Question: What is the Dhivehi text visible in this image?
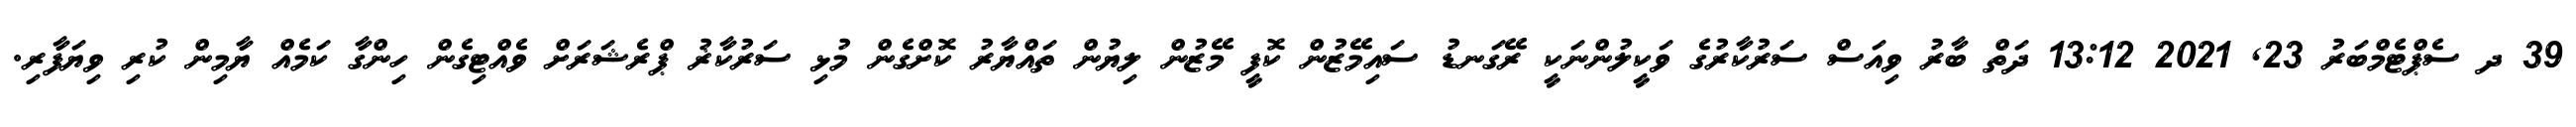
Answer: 39 ދ ސެޕްޓެމްބަރު 23, 2021 13:12 ދަތް ބާރު ވިއަސް ސަރުކާރުގެ ވަކީލުންނަކީ ރޭގަނޑު ސައިމޭޒުން ކޮފީ މޭޒުން ލިޔުން ތައްޔާރު ކޮށްގެން މުޅި ސަރުކާޜު ޕްރެޝަރަށް ވެއްޓިގެން ހިންގާ ކަމެއް ޔާމިން ކުރި ވިޔަފާރި.